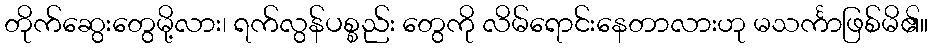
တိုက်ဆွေးတွေမို့လား၊ ရက်လွန်ပစ္စည်း တွေကို လိမ်ရောင်းနေတာလားဟု မသင်္ကာဖြစ်မိ၏။